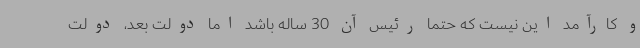
و کارآمد این نیست که حتما رئیس آن 30‌ ساله باشد اما دولت بعد، دولت